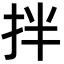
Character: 拌